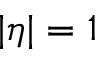
| \eta | = 1